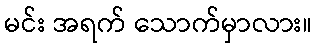
မင်း အရက် သောက်မှာလား။